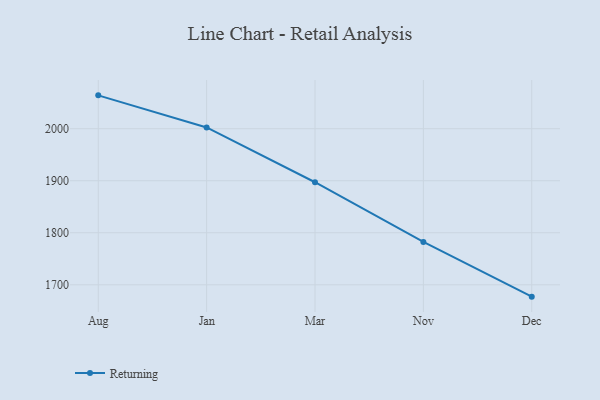
{"axis": {"x": "Month", "y": "Energy Usage (MWh)"}, "legend": ["Returning"], "data": [{"x": "Aug", "y": 2064.1, "type": "Returning"}, {"x": "Jan", "y": 2002.4, "type": "Returning"}, {"x": "Mar", "y": 1897.1, "type": "Returning"}, {"x": "Nov", "y": 1782.4, "type": "Returning"}, {"x": "Dec", "y": 1677.2, "type": "Returning"}]}